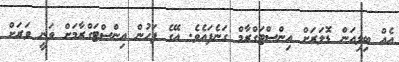
އެއް ބިލިއަން ޑޮލަރަށް އިންސްޓަގްރާމް ގަނެފައެވެ. އޭގެ ފަހުން އިންސްޓަގްރާމަށް ވަނީ ވަރަށް